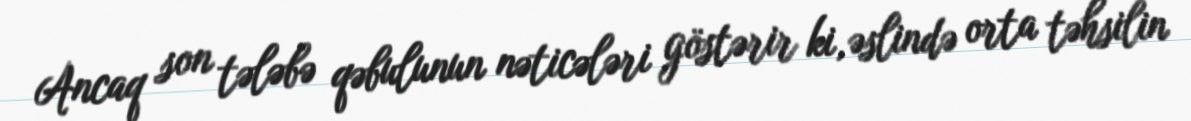
Ancaq son tələbə qəbulunun nəticələri göstərir ki, əslində orta təhsilin